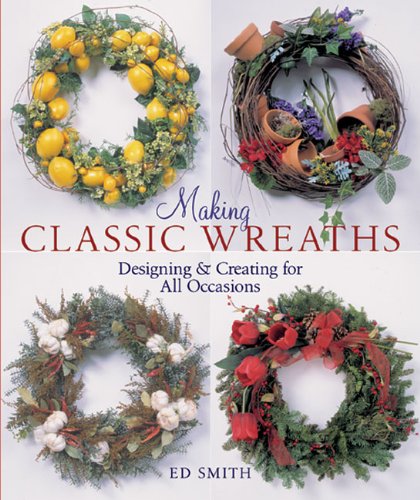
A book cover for Making Classic Wreaths: Designing & Creating for All Occasions; Ed Smith; Crafts, Hobbies & Home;